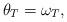
LaTeX: \begin{align*}\theta_T=\omega_T,\end{align*}